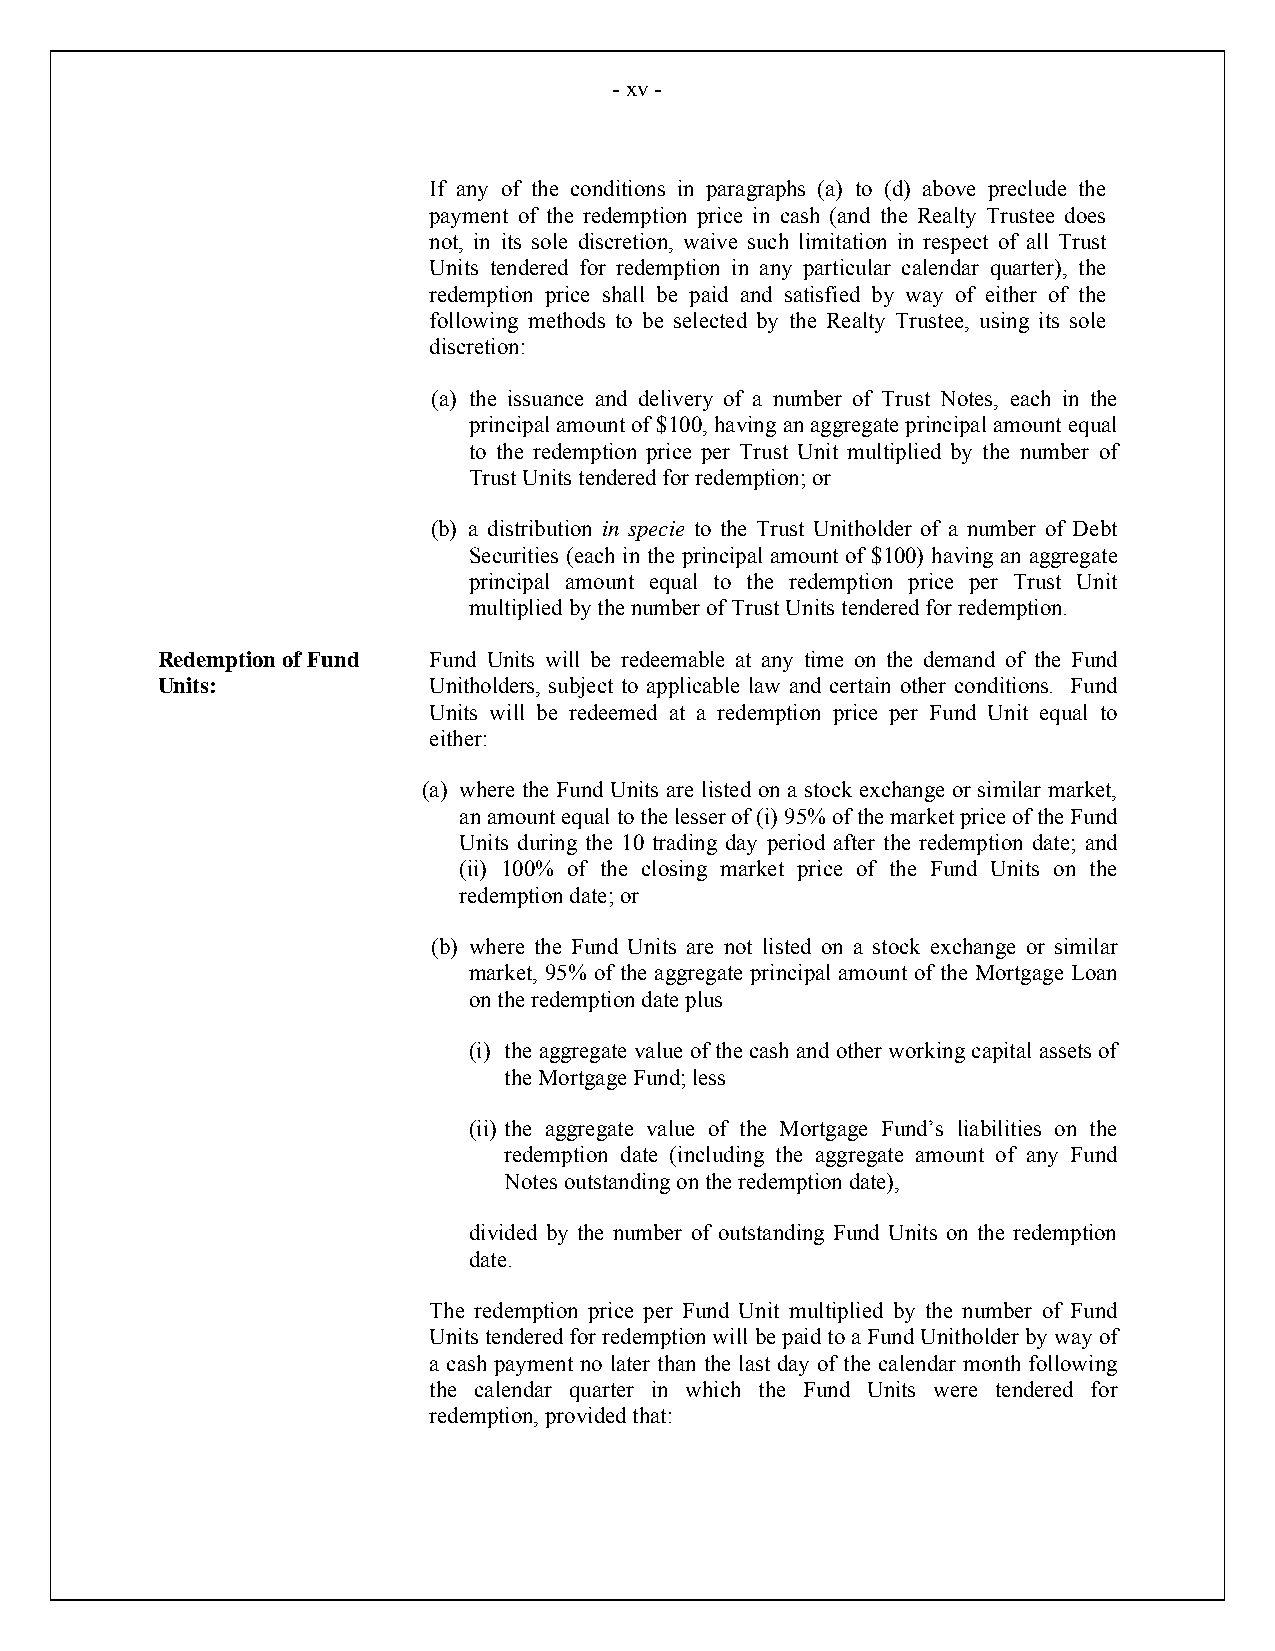
- xv -
 If any of the conditions in paragraphs (a) to (d) above preclude the
 payment of the redemption price in cash (and the Realty Trustee does
 not, in its sole discretion, waive such limitation in respect of all Trust
 Units tendered for redemption in any particular calendar quarter), the
 redemption price shall be paid and satisfied by way of either of the
 following methods to be selected by the Realty Trustee, using its sole
 discretion:
 (a) the issuance and delivery of a number of Trust Notes, each in the
 principal amount of $100, having an aggregate principal amount equal
 to the redemption price per Trust Unit multiplied by the number of
 Trust Units tendered for redemption; or
 (b) a distribution in specie to the Trust Unitholder of a number of Debt
 Securities (each in the principal amount of $100) having an aggregate
 principal amount equal to the redemption price per Trust Unit
 multiplied by the number of Trust Units tendered for redemption.
 Redemption of Fund Fund Units will be redeemable at any time on the demand of the Fund
 Units:            Unitholders, subject to applicable law and certain other conditions. Fund
 Units will be redeemed at a redemption price per Fund Unit equal to
 either:
 (a) where the Fund Units are listed on a stock exchange or similar market,
 an amount equal to the lesser of (i) 95% of the market price of the Fund
 Units during the 10 trading day period after the redemption date; and
 (ii) 100% of the closing market price of the Fund Units on the
 redemption date; or
 (b) where the Fund Units are not listed on a stock exchange or similar
 market, 95% of the aggregate principal amount of the Mortgage Loan
 on the redemption date plus
 (i) the aggregate value of the cash and other working capital assets of
 the Mortgage Fund; less
 (ii) the aggregate value of the Mortgage Fund’s liabilities on the
 redemption date (including the aggregate amount of any Fund
 Notes outstanding on the redemption date),
 divided by the number of outstanding Fund Units on the redemption
 date.
 The redemption price per Fund Unit multiplied by the number of Fund
 Units tendered for redemption will be paid to a Fund Unitholder by way of
 a cash payment no later than the last day of the calendar month following
 the calendar quarter in which the Fund Units were tendered for
 redemption, provided that: